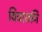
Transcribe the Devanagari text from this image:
विचारुनि